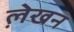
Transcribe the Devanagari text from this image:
ले़खन